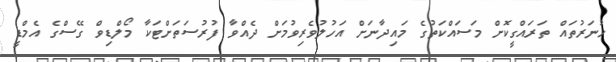
ހުނަރުތައް ތަރައްގީކޮށް މަސައްކަތުގެ މައިދާނަށް އަހުލުވެރިވުމަށް ދެއްވާ ފުރުސަތަށްޓަކާ މޯލްޑިވް ގޭސްގެ އެމްޑީ